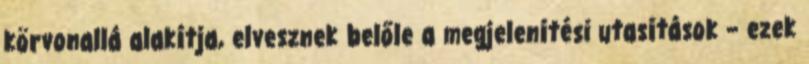
körvonallá alakítja, elvesznek belőle a megjelenítési utasítások – ezek